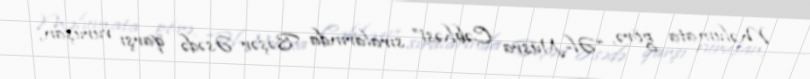
Məlumata görə, “Əl-Nüsra Cəbhəsi” sıralarında Bəşər Əsədə qarşı vuruşan,